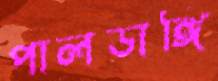
পালডাঙ্গি